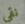
نقي